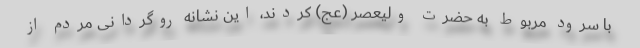
با سرود مربوط به حضرت ولیعصر (عج) کردند، این نشانه روگردانی مردم از